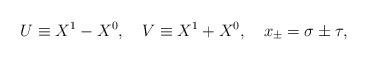
\begin{align*}U\equiv X^1-X^0, \ \ \ V\equiv X^1+X^0,\ \ \ x_{\pm}=\sigma\pm\tau,\end{align*}